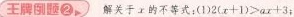
王牌题②、解关于工的不等式；(1D2(x+1)>ax+3；